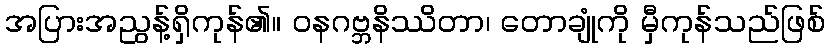
အပြားအညွန့်ရှိကုန်၏။ ဝနဂဗ္ဘနိဿိတာ၊ တောချုံကို မှီကုန်သည်ဖြစ်